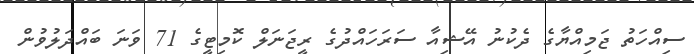
ސިއްހަތު ޖަމިއްޔާގެ ދެކުނު އޭޝިއާ ސަރަހައްދުގެ ރީޖަނަލް ކޮމިޓީގެ 71 ވަނަ ބައްދަލުވުން